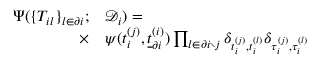
\begin{array} { r } { \begin{array} { r l } { \Psi ( \{ T _ { i l } \} _ { l \in \partial i } ; } & { { } \mathcal { D } _ { i } ) = } \\ { \times } & { { } \psi ( t _ { i } ^ { ( j ) } , \underline { { t } } _ { \partial i } ^ { ( i ) } ) \prod _ { l \in \partial i \setminus j } \delta _ { t _ { i } ^ { ( j ) } , t _ { i } ^ { ( l ) } } \delta _ { \tau _ { i } ^ { ( j ) } , \tau _ { i } ^ { ( l ) } } } \end{array} } \end{array}